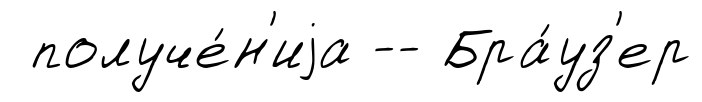
получе́н'иjа -- Бра́уз'ер